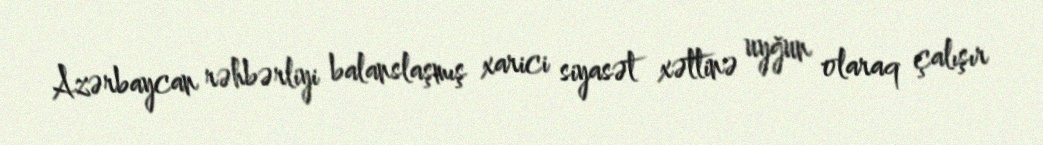
Azərbaycan rəhbərliyi balanslaşmış xarici siyasət xəttinə uyğun olaraq çalışır